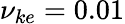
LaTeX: \nu_{ke}=0.01